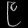
Digit: ၉